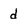
Character: d